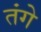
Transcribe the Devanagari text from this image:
तंगे